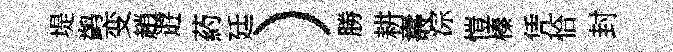
堤鹢变趙逰葯廷）勝耕夀淙愷榛凭恰封